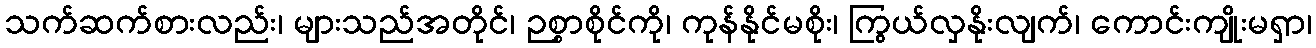
သက်ဆက်စားလည်း၊ များသည်အတိုင်၊ ဉစ္စာစိုင်ကို၊ ကုန်နိုင်မစိုး၊ ကြွယ်လှနိုးလျက်၊ ကောင်းကျိုးမရှာ၊